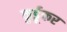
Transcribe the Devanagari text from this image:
कुर्डूकर